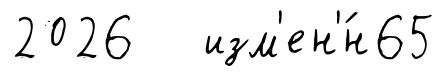
2026 изм'ен'́н65